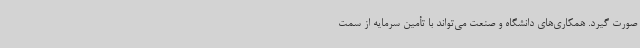
صورت گیرد. همکاری‌های دانشگاه و صنعت می‌تواند با تأمین سرمایه از سمت